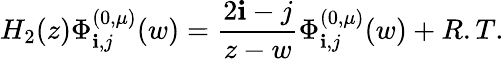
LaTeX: H_{2}(z)\Phi_{\mathbf{i},j}^{(0,\mu)}(w)=\frac{{2\mathbf{i}-j}}{{z-w}}\Phi_{\mathbf{i},j}^{(0,\mu)}(w)+R.T.